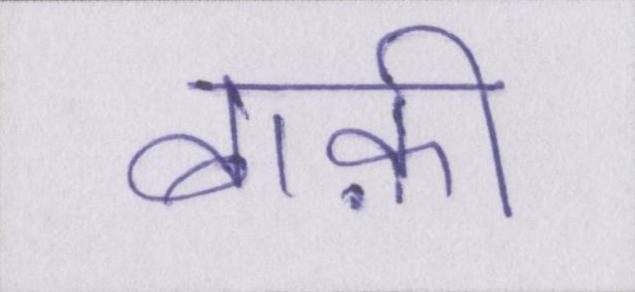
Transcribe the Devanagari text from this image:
बाक़ी